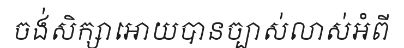
ចង់សិក្សាអោយបានច្បាស់លាស់អំពី